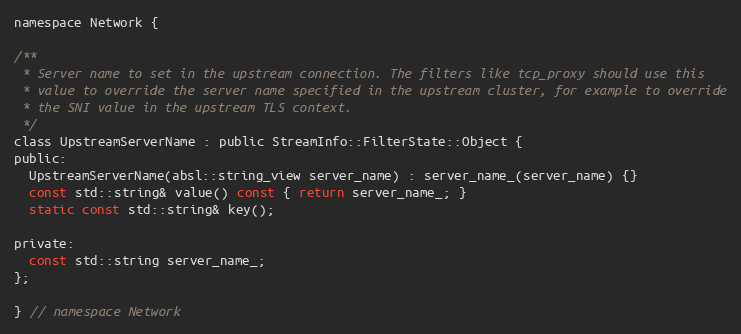
Language: C
namespace Network {

/**
 * Server name to set in the upstream connection. The filters like tcp_proxy should use this
 * value to override the server name specified in the upstream cluster, for example to override
 * the SNI value in the upstream TLS context.
 */
class UpstreamServerName : public StreamInfo::FilterState::Object {
public:
  UpstreamServerName(absl::string_view server_name) : server_name_(server_name) {}
  const std::string& value() const { return server_name_; }
  static const std::string& key();

private:
  const std::string server_name_;
};

} // namespace Network